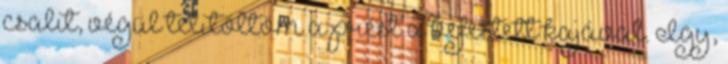
csalit, végül telitöltöm a prést a befestett kajával. Így,